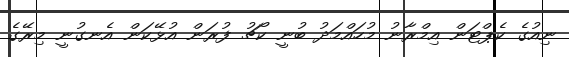
ނިއުގެ ކެޕްޓަން އިމްރާނު މުހައްމަދު ބުނީ ކޯޗު ފުރަން އުޅޭކަން އެނގުނީ މިރޭގެ